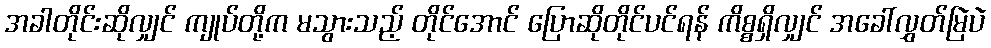
အခါတိုင်းဆိုလျှင် ကျုပ်တို့က မသွားသည့် တိုင်အောင် ပြောဆိုတိုင်ပင်ရန် ကိစ္စရှိလျှင် အခေါ်လွှတ်မြဲပဲ